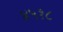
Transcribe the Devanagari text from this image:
४५१८